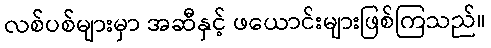
လစ်ပစ်များမှာ အဆီနှင့် ဖယောင်းများဖြစ်ကြသည်။